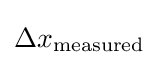
\Delta x_{\text{measured}}